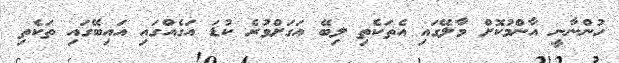
ހުންނާނީ އާންމުކޮށް މާލޭގައި އެތަކެތި ލިބޭ އަގަށްވުރެ ކުޑަ އަގެއްގައި އައިބޭގައި ތަކެތި